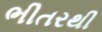
ભીતરથી